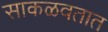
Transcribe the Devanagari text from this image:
साकळवतात